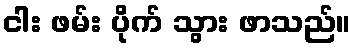
ငါး ဖမ်း ပိုက် သွား ဖာသည်။